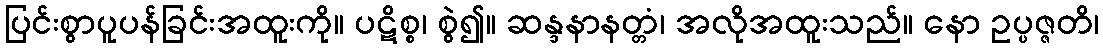
ပြင်းစွာပူပန်ခြင်းအထူးကို။ ပဋိစ္စ၊ စွဲ၍။ ဆန္ဒနာနတ္တံ၊ အလိုအထူးသည်။ နော ဥပ္ပဇ္ဇတိ၊